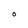
Character: O